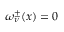
\omega _ { \nu } ^ { \pm } ( x ) = 0